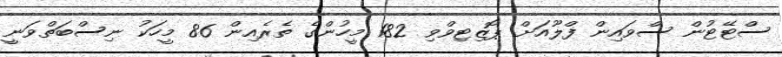
ސްޓޭޓުން ސްވައިން ފްލޫއަށް ޕޮޒިޓިވްވި 182 މީހުންގެ ތެރެއިން 86 މީހަކު ނިސްބަތްވަނީ